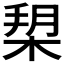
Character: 𣓞